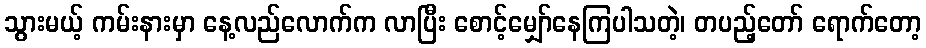
သွားမယ့် ကမ်းနားမှာ နေ့လည်လောက်က လာပြီး စောင့်မျှော်နေကြပါသတဲ့၊ တပည့်တော် ရောက်တော့